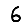
Digit: 6